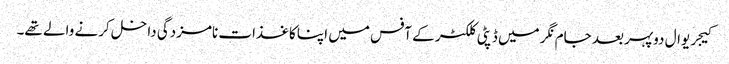
کیجریوال دوپہر بعد جام نگر میں ڈپٹی کلکٹر کے آفس میں اپنا کاغذات نامزدگی داخل کرنے والے تھے۔